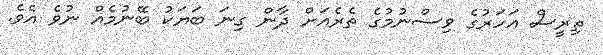
ތިރީސް އަހަރުގެ ވިސްނުމުގެ ތެރެއަށް ދާން ގިނަ ބަޔަކު ބޭނުމެއް ނުވެ އެވެ.